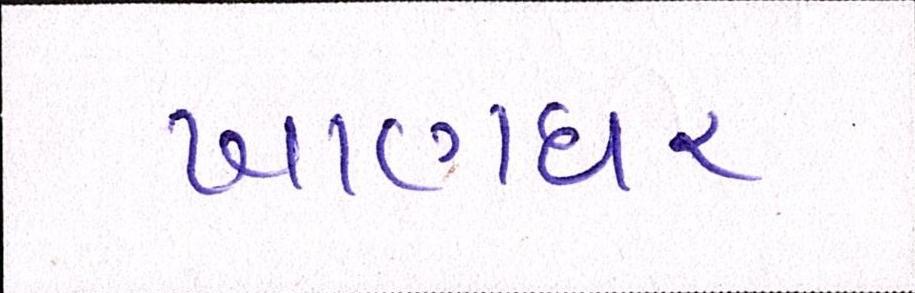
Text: ખાણધર